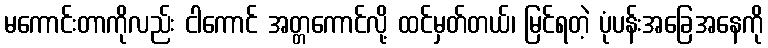
မကောင်းတာကိုလည်း ငါကောင် အတ္တကောင်လို့ ထင်မှတ်တယ်၊ မြင်ရတဲ့ ပုံပန်းအခြေအနေကို